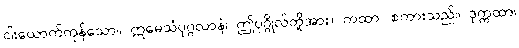
ငါးယောက်ကုန်သော။ ဣမေသံပုဂ္ဂလာနံ၊ ဤပုဂ္ဂိုလ်တို့အား။ ကထာ၊ စကားသည်။ ဒုက္ကထာ၊